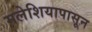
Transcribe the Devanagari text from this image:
मलेशियापासून